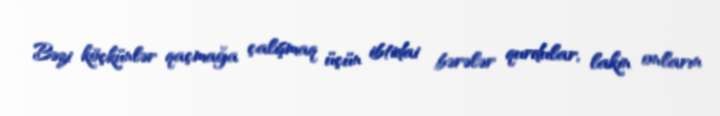
Bəzi köçkünlər qaçmağa çalışmaq üçün ibtidai bərələr qurdular, lakin onların